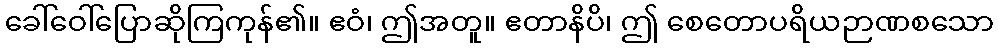
ခေါ်ဝေါ်ပြောဆိုကြကုန်၏။ ဧဝံ၊ ဤအတူ။ ဧတာနိပိ၊ ဤ စေတောပရိယဉာဏစသော